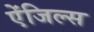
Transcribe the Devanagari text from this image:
ऐंजिल्‍स